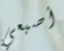
أصبعي